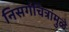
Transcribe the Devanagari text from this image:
निसर्गचित्रांमुळे